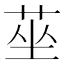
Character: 莝